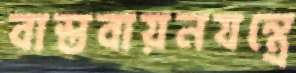
বাস্তবায়নযন্ত্রে